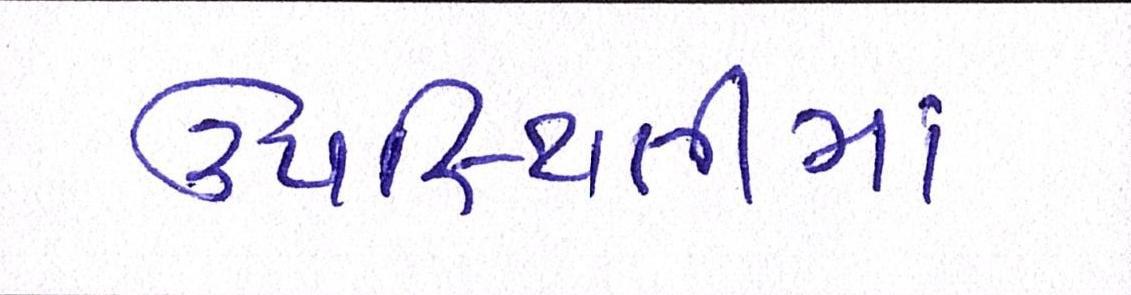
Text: ઉપસ્થિતીમાં